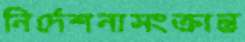
নির্দেশনাসংক্রান্ত